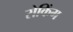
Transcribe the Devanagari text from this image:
रोकिंग